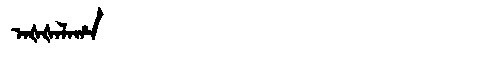
Manchu: ᠠᡧᡧᠠᠯᠠᡥᠠ
Romanization: AŠŠALAHA